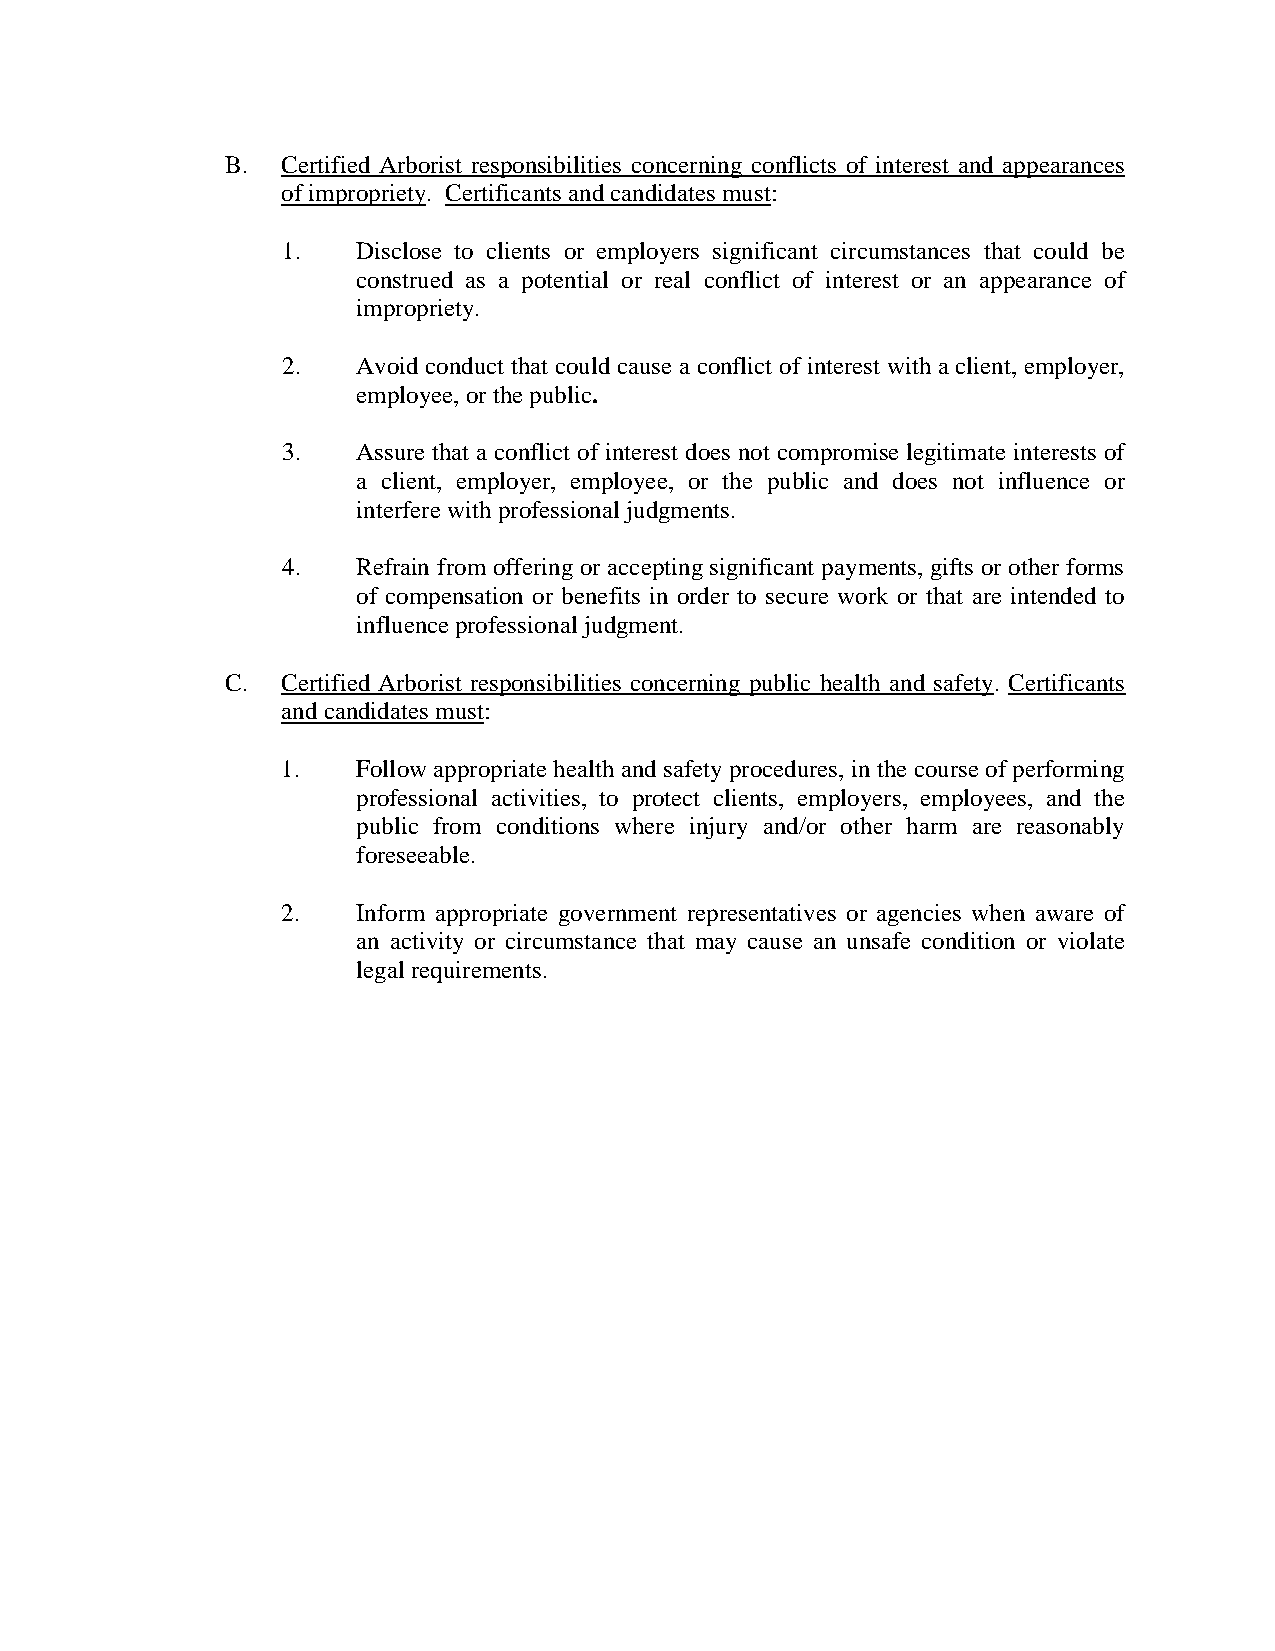
B.  Certified Arborist responsibilities concerning conflicts of interest and appearances
 of impropriety. Certificants and candidates must:
 1.   Disclose to clients or employers significant circumstances that could be
 construed as a potential or real conflict of interest or an appearance of
 impropriety.
 2.   Avoid conduct that could cause a conflict of interest with a client, employer,
 employee, or the public.
 3.   Assure that a conflict of interest does not compromise legitimate interests of
 a client, employer, employee, or the public and does not influence or
 interfere with professional judgments.
 4.   Refrain from offering or accepting significant payments, gifts or other forms
 of compensation or benefits in order to secure work or that are intended to
 influence professional judgment.
 C.  Certified Arborist responsibilities concerning public health and safety. Certificants
 and candidates must:
 1.   Follow appropriate health and safety procedures, in the course of performing
 professional activities, to protect clients, employers, employees, and the
 public from conditions where injury and/or other harm are reasonably
 foreseeable.
 2.   Inform appropriate government representatives or agencies when aware of
 an activity or circumstance that may cause an unsafe condition or violate
 legal requirements.